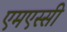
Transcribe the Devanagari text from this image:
एमएस्सी